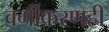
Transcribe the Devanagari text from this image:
वर्गीकरणही